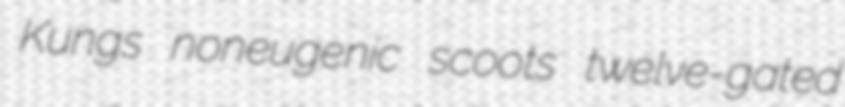
Kungs noneugenic scoots twelve-gated